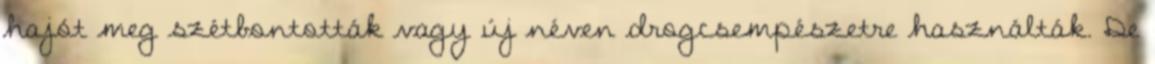
hajót meg szétbontották vagy új néven drogcsempészetre használták. De